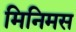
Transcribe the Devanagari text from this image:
मिनिमस